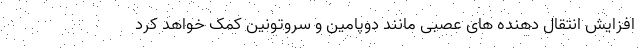
افزایش انتقال دهنده های عصبی مانند دوپامین و سروتونین کمک خواهد کرد